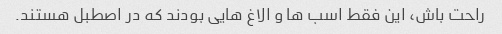
راحت باش، این فقط اسب ها و الاغ هایی بودند که در اصطبل هستند.